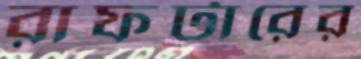
রাফটারের